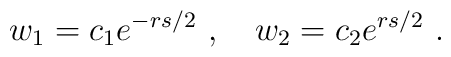
w_1=c_1e^{-rs/2}\ ,\quad w_2=c_2e^{rs/2}\ .